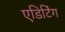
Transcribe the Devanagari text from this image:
एडिटिऺग